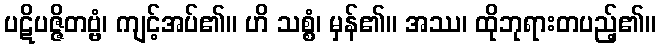
ပဋိပဇ္ဇိတဗ္ဗံ၊ ကျင့်အပ်၏။ ဟိ သစ္စံ၊ မှန်၏။ အဿ၊ ထိုဘုရားတပည့်၏။